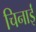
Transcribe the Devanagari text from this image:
चिनाईं